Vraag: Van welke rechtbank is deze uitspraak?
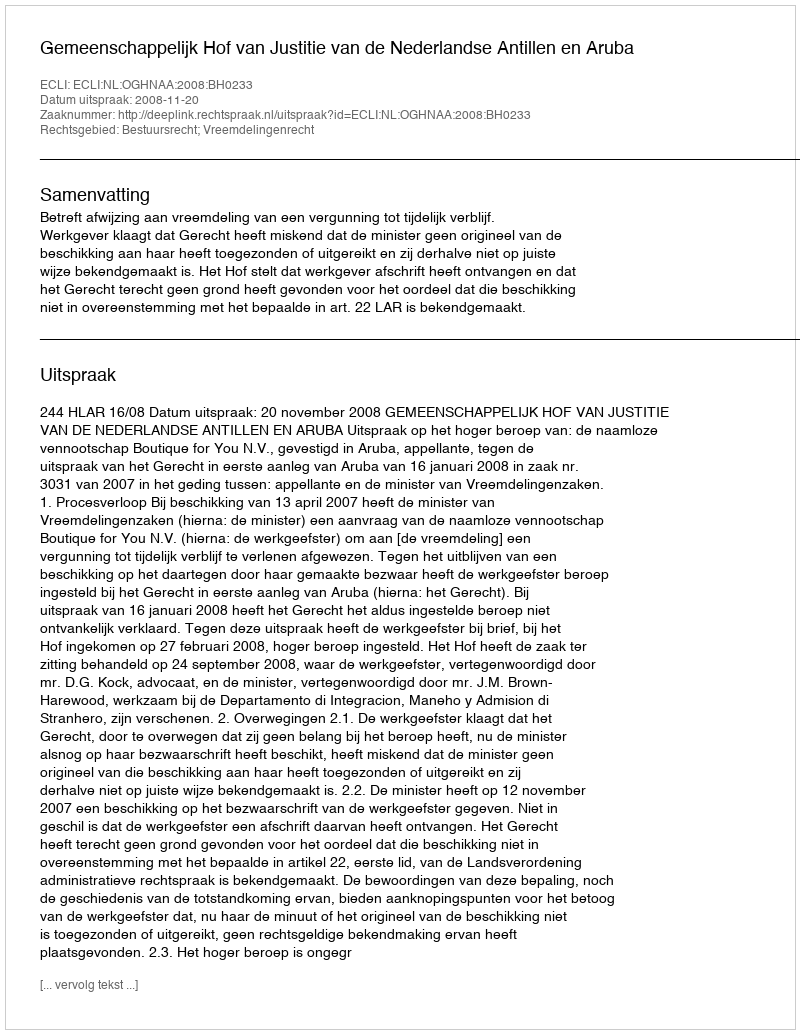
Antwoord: Gemeenschappelijk Hof van Justitie van de Nederlandse Antillen en Aruba